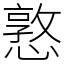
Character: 憝